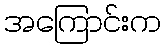
အကြောင်းက